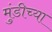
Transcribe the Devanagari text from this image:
मुंडीच्या